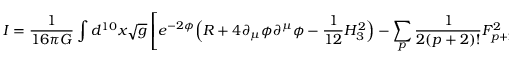
I = \frac { 1 } { 1 6 \pi G } \int d ^ { 1 0 } x \sqrt { g } \left[ e ^ { - 2 \phi } \Big ( R + 4 \partial _ { \mu } \phi \partial ^ { \mu } \phi - \frac { 1 } { 1 2 } H _ { 3 } ^ { 2 } \Big ) - \sum _ { p } \frac { 1 } { 2 ( p + 2 ) ! } F _ { p + 2 } ^ { 2 } \right] + I _ { W Z }